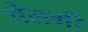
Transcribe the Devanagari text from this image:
चेलगी